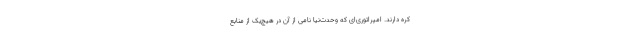
کره دارند. امپراتوری‌ای که وحدت‌نیا نامی از آن در هیچ‌یک از منابع